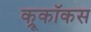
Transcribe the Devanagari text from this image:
क्रूकॉकस